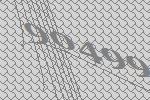
90499